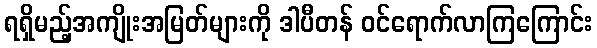
ရရှိမည့်အကျိုးအမြတ်များကို ဒါပီတန် ဝင်ရောက်လာကြကြောင်း